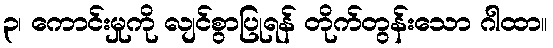
၃၊ ကောင်းမှုကို လျင်စွာပြုရန် တိုက်တွန်းသော ဂါထာ။